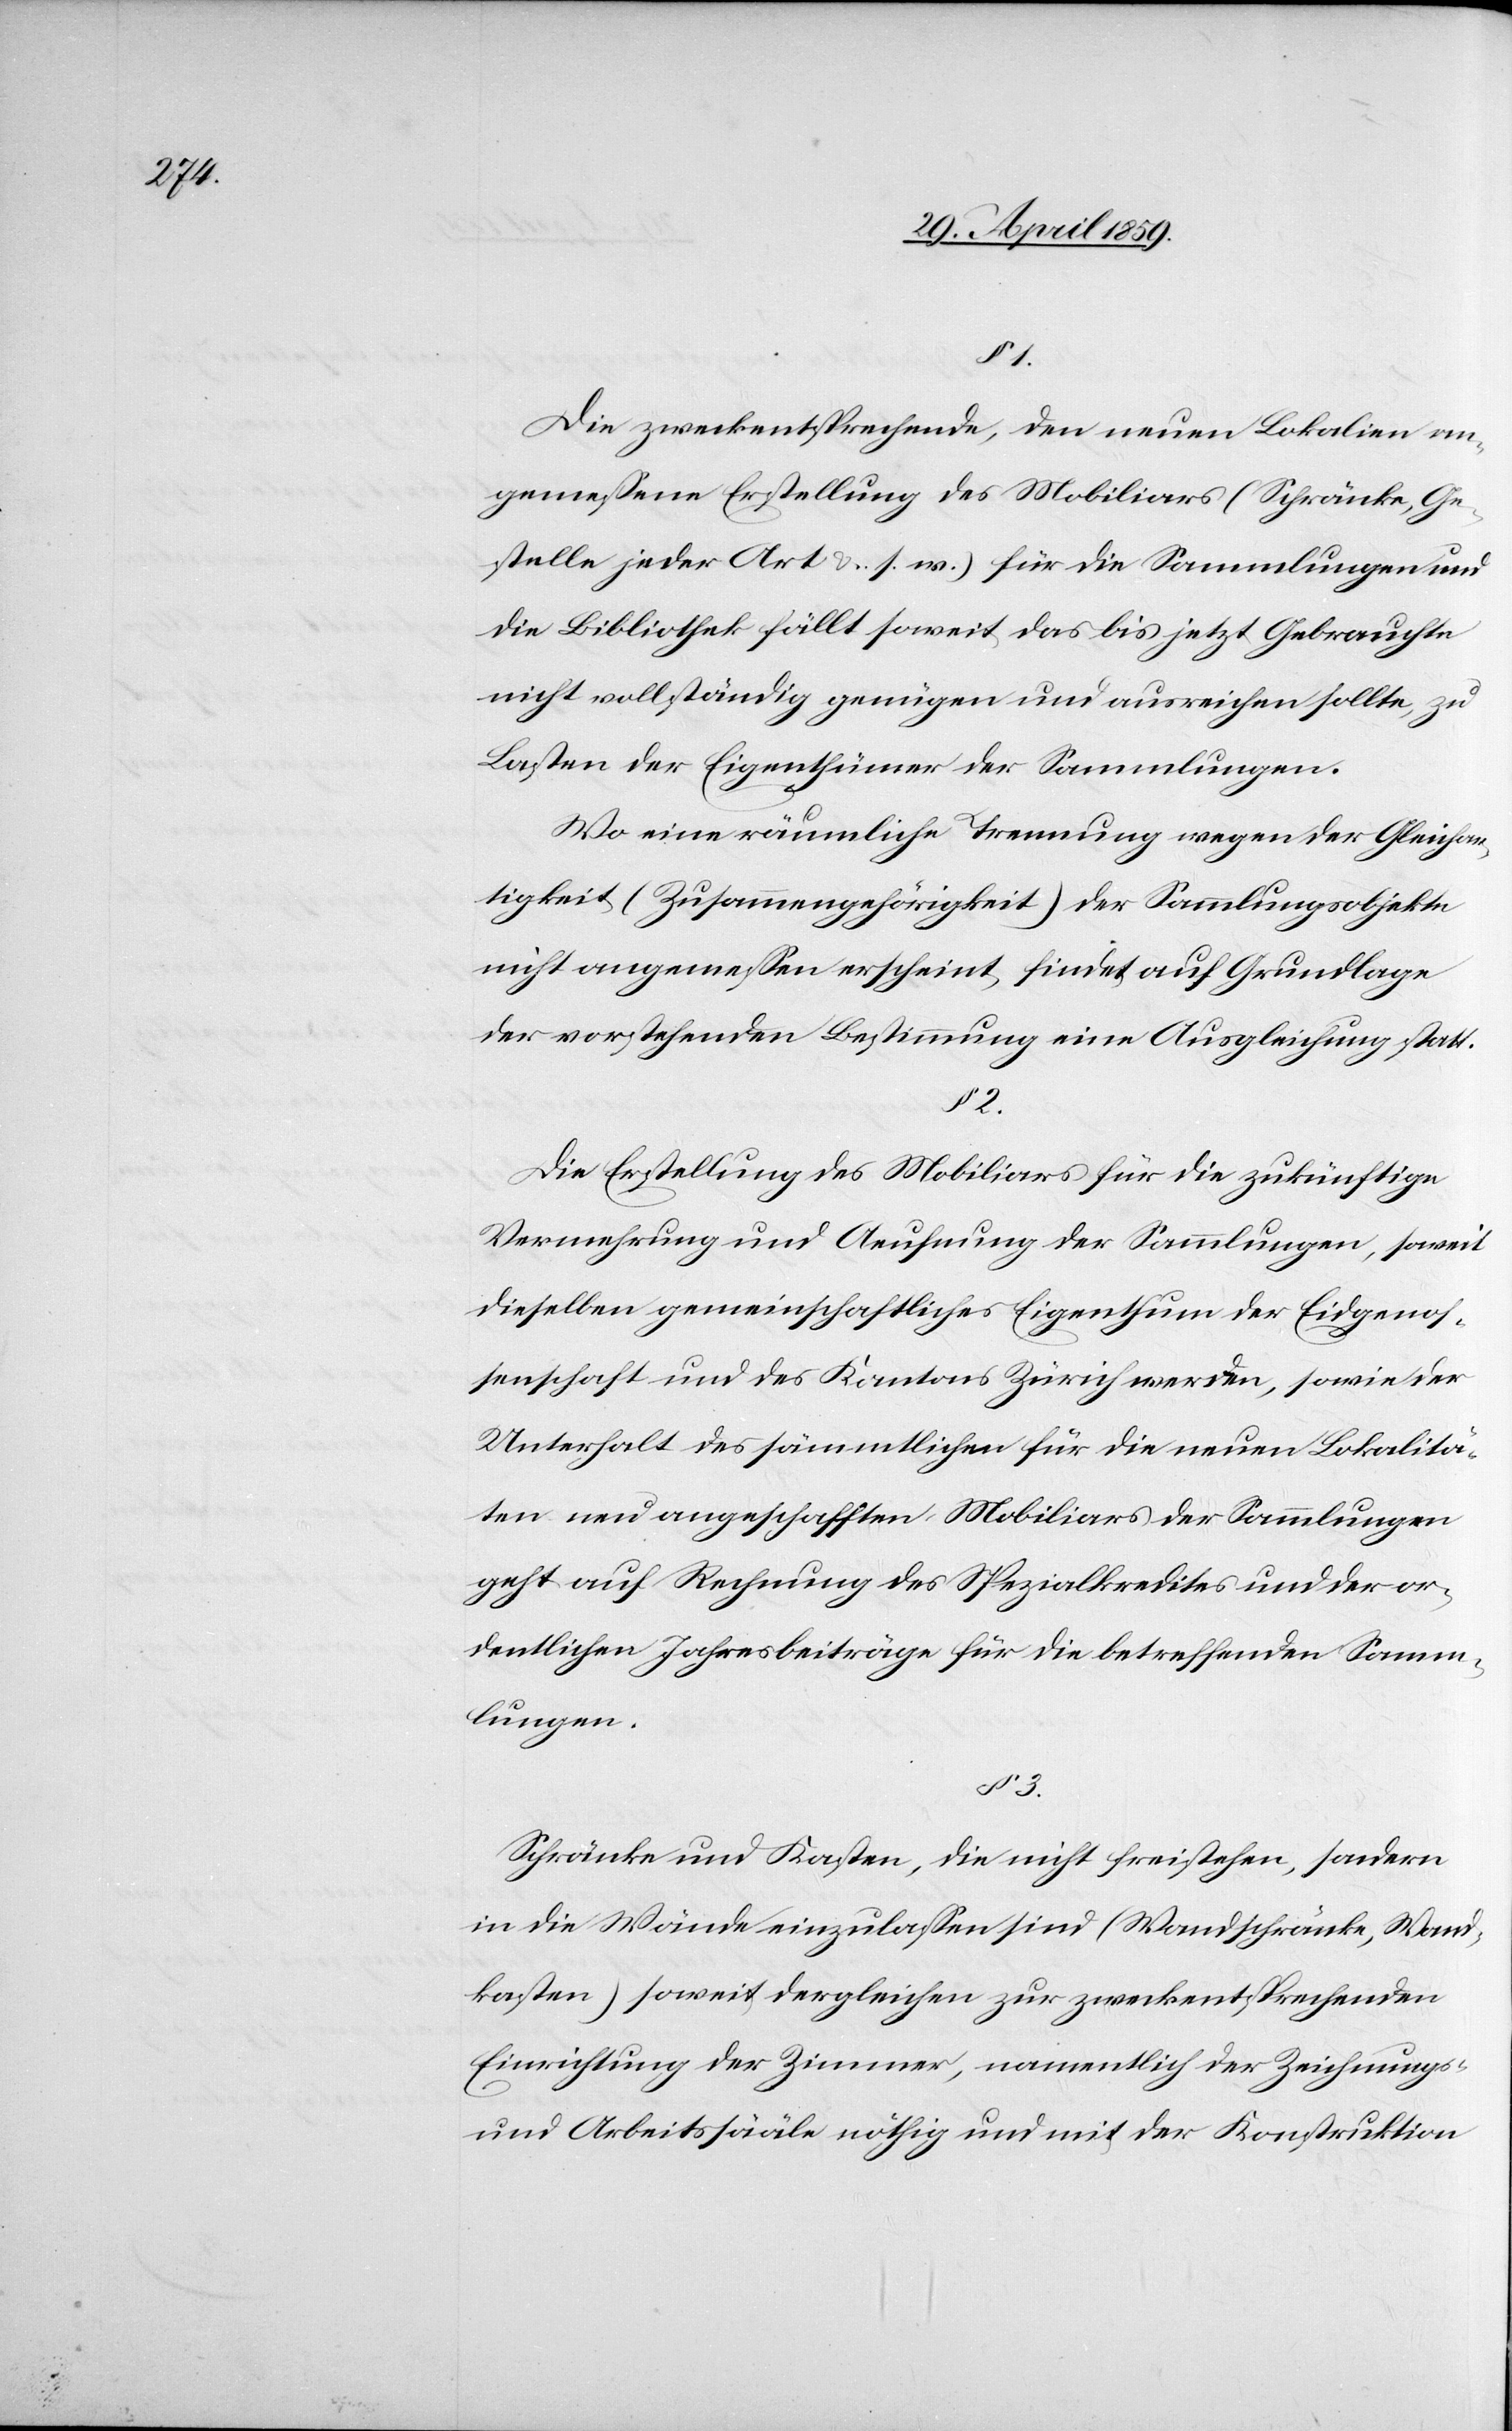
3.

§ 1.
Die zweckentsprechende, den neuen Lokalien an¬
gemeßene Erstellung des Mobiliars (Schränke, Ge¬
stelle jeder Art &. s. w.) für die Sammlungen und
die Bibliothek fällte soweit das bis jetzt Gebrauchte
nicht vollständig genügen und ausreichen sollte, zu
Lasten der Eigenthümer der Sammlungen.
Wo eine räumliche Trennung wegen der Gleichar¬
tigkeit (Zusammengehörigkeit) der Sammlungsobjekte
nicht angemeßen erscheint, findet auf Grundlage
der vorstehenden Bestimmung eine Ausgleichung statt.
§ 2.
Die Erstellung des Mobiliars für die zukünftige
Vermehrung und Aeufnung der Sammlungen, soweit
dieselben gemeinschaftliches Eigenthum der Eidgenos¬
senschaft und des Kantons Zürich werden, sowie der
Unterhalt des sämmtlichen für die neuen Lokalitä¬
ten neu angeschafften Mobiliars der Sammlungen
geht auf Rechnung des Spezialkredites und der or¬
dentlichen Jahresbeiträge für die betreffenden Samm¬
lungen.
Schränke und Kasten, die nicht freistehen, sondern
in die Wände einzulaßen sind (Wandschränke, Wand¬
kasten) soweit dergleichen zur zweckentsprechenden
Einrichtung der Zimmer, namentlich der Zeichnungs-
und Arbeitssääle nöthig und mit der Konstruktion